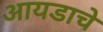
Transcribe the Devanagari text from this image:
आयडाचे